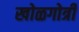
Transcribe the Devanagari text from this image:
खोळगोत्री